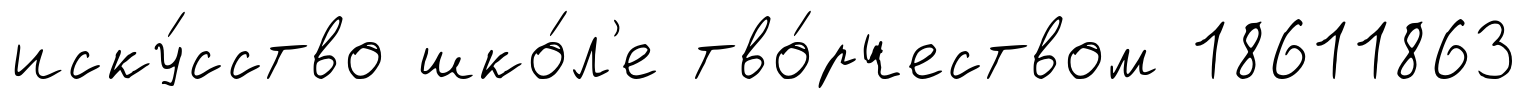
иску́сство шко́л'е тво́рчеством 18611863